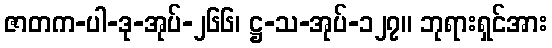
ဇာတက-ပါ-ဒု-အုပ်-၂၆၆၊ ဋ္ဌ-သ-အုပ်-၁၂၇။ ဘုရားရှင်အား